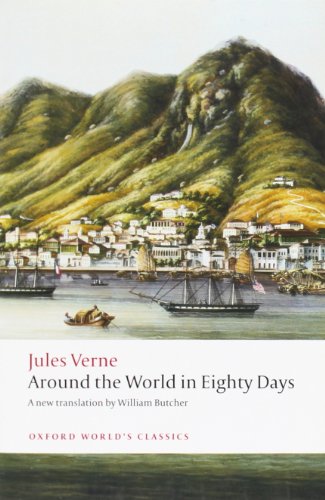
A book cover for The Extraordinary Journeys: Around the World in Eighty Days (Oxford World's Classics); Jules Verne; Science Fiction & Fantasy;